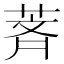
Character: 萕